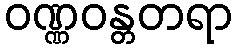
ဝဏ္ဏဝန္တတရာ